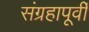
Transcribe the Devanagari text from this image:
संग्रहापूर्वी